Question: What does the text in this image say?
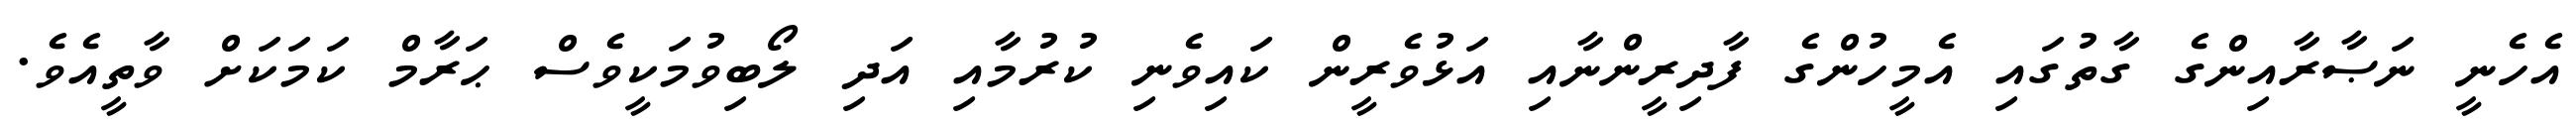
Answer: އެހެނީ ނަޞާރާއިންގެ ގާތުގައި އެމީހުންގެ ފާދިރީންނާއި އަޅުވެރީން ކައިވެނި ކުރުމާއި އަދި ލޯބިވުމަކީވެސް ޙަރާމް ކަމަކަށް ވާތީއެވެ.